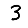
Digit: 3